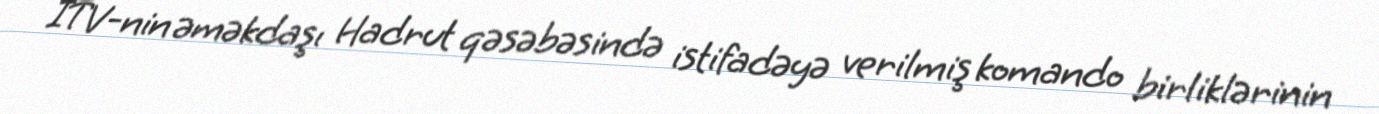
İTV-nin əməkdaşı Hadrut qəsəbəsində istifadəyə verilmiş komando birliklərinin